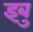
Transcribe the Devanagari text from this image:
इबु